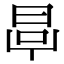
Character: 𣆪